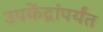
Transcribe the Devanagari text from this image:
उपकेंद्रांपर्यंत